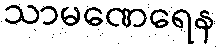
သာမဏေရေန